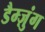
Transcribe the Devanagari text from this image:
डैम्ज़ुंग